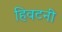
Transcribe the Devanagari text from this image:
हिवटनी